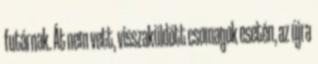
futárnak. Át nem vett, visszaküldött csomagok esetén, az újra